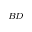
_ { B D }